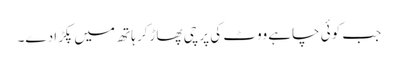
جب کوئی چاہے ووٹ کی پرچی پھاڑکر ہاتھ میں پکڑادے۔